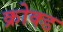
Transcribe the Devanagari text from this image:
क्रोक्ड